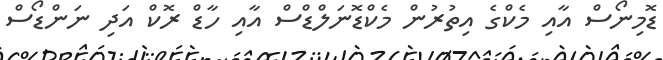
ޑޮމިނޯސް އާއި މެކްގެ އިތުރުން މެކްޑޮނަލްޑްސް އާއި ހާޑް ރޮކް އަދި ނަންޑޯސް